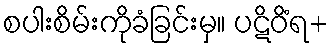
စပါးစိမ်းကိုခံခြင်းမှ။ ပဋိဝိံရ+